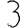
Digit: 3